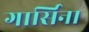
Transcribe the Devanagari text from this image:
गार्सिना